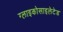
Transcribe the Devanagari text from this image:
ग्लाइकोसाइलेटेड